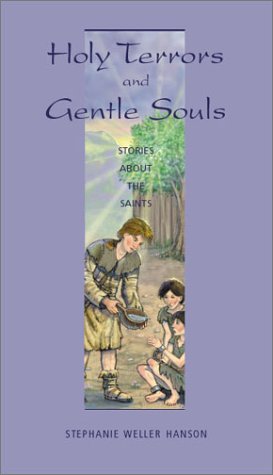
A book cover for Holy Terrors and Gentle Souls: Stories About the Saints; Stephanie Weller Hanson; Teen & Young Adult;